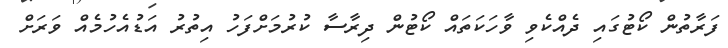
ފަރާތުން ކޯޓުގައި ދެއްކެވި ވާހަކަތައް ކޯޓުން ދިރާސާ ކުރުމަށްފަހު އިތުރު އަޑުއެހުމެއް ވަރަށް